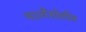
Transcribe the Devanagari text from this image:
था।गैसोलीन